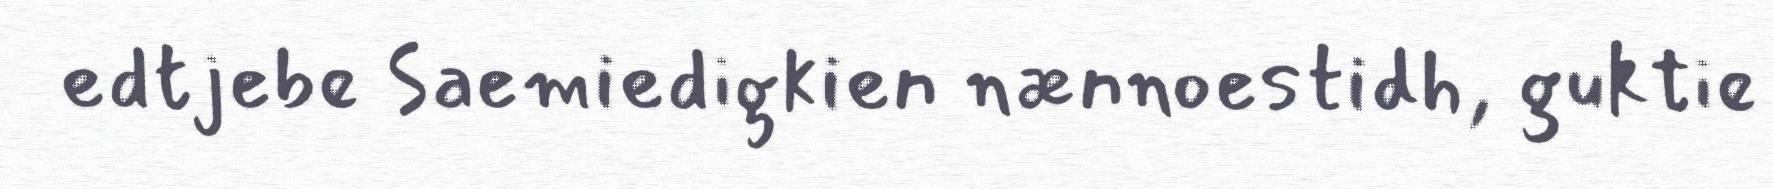
edtjebe Saemiedigkien nænnoestidh, guktie